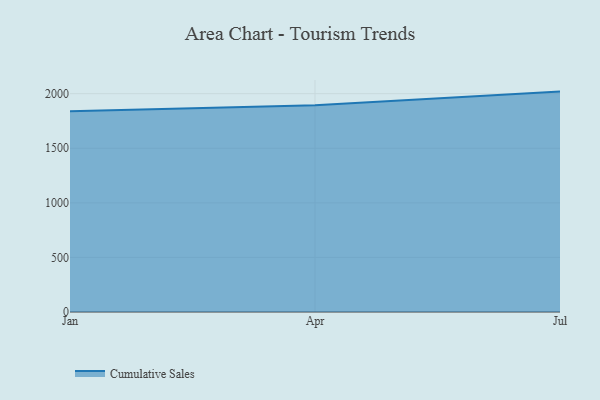
{"axis": {"x": "Month", "y": "Website Visitors"}, "legend": ["Cumulative Sales"], "data": [{"x": "Jan", "y": 1839.4, "type": "Cumulative Sales"}, {"x": "Apr", "y": 1893.7, "type": "Cumulative Sales"}, {"x": "Jul", "y": 2019.0, "type": "Cumulative Sales"}]}